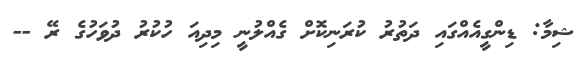
ޝިމާ: ޑިންގީއެއްގައި ދަތުރު ކުރަނިކޮށް ގެއްލުނީ މިދިއަ ހުކުރު ދުވަހުގެ ރޭ --